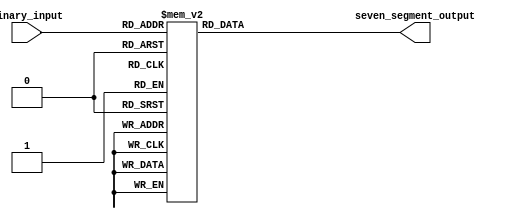
module BCD_decoder(
    input [3:0] binary_input,
    output reg [6:0] seven_segment_output
);

always @(*)
begin
    case(binary_input)
        4'b0000: seven_segment_output = 7'b1111110; //0
        4'b0001: seven_segment_output = 7'b0110000; //1
        4'b0010: seven_segment_output = 7'b1101101; //2
        4'b0011: seven_segment_output = 7'b1111001; //3
        4'b0100: seven_segment_output = 7'b0110011; //4
        4'b0101: seven_segment_output = 7'b1011011; //5
        4'b0110: seven_segment_output = 7'b1011111; //6
        4'b0111: seven_segment_output = 7'b1110000; //7
        4'b1000: seven_segment_output = 7'b1111111; //8
        4'b1001: seven_segment_output = 7'b1111011; //9
        default: seven_segment_output = 7'b1111111; //default to all segments off
    endcase
end

endmodule